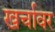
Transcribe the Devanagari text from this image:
खर्चावर